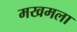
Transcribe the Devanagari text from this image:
मखमला